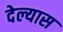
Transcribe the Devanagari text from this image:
देल्यास